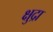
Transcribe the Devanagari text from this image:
क्षुद्रा